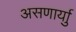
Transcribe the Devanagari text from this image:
असणार्याु